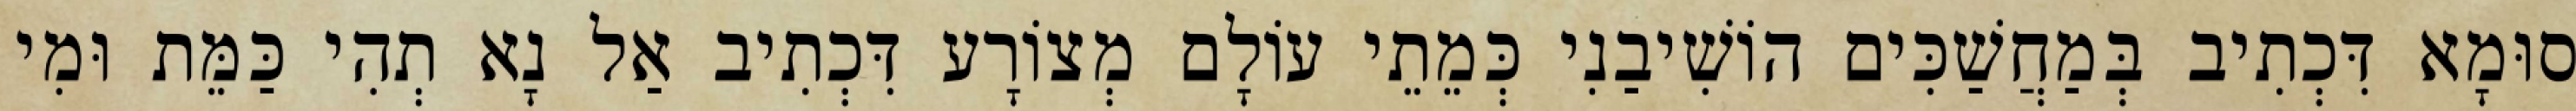
סוּמָא דִּכְתִיב בְּמַחֲשַׁכִּים הוֹשִׁיבַנִי כְּמֵתֵי עוֹלָם מְצוֹרָע דִּכְתִיב אַל נָא תְהִי כַּמֵּת וּמִי